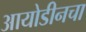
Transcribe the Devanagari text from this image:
आयोडीनचा